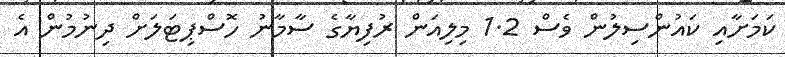
ކަމަށާއި ކައުންސިލުން ވެސް 1.2 މިލިއަން ރުފިޔާގެ ސާމާނު ހޮސްޕިޓަލަށް ދިނުމުން އެ